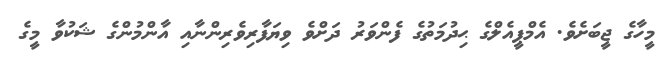
މީހާގެ ޖީބަށެވެ. އެމްޕީއެލްގެ ޙިދުމަތުގެ ފެންވަރު ދަށްވެ ވިޔަފާރިވެރިންނާއި އާންމުންގެ ޝަކުވާ މީގެ